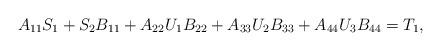
LaTeX: \begin{align*}\begin{aligned}A_{11}S_1+S_2B_{11}+A_{22}U_{1}B_{22}+A_{33}U_{2}B_{33}+A_{44}U_{3}B_{44 }=T_{1},\end{aligned}\end{align*}